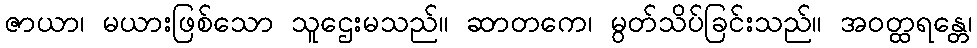
ဇာယာ၊ မယားဖြစ်သော သူဌေးမသည်။ ဆာတကေ၊ မွတ်သိပ်ခြင်းသည်။ အဝတ္ထရန္တေ၊